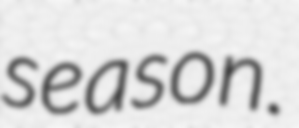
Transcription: season.